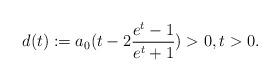
LaTeX: \begin{align*} d(t):=a_0(t-2\frac{e^t-1}{e^t+1})> 0,t>0.\end{align*}